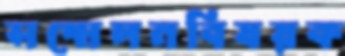
সম্মেলনবিষয়ক